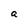
Character: a